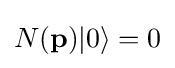
N(\mathbf {p} )|0\rangle =0